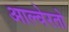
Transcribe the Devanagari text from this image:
आल्वेरतो